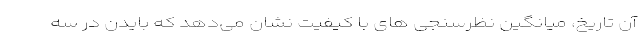
آن تاریخ، میانگین نظرسنجی های با کیفیت نشان می‌دهد که بایدن در سه